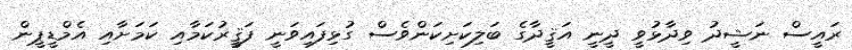
ރައީސް ނަޝީދު ވިދާޅުވީ ދީނީ އަޤީދާގެ ބަލިކަށިކަންވެސް ގުޅިފައިވަނީ ފަޤީރުކަމާއި ކަމަށާއި އެމްޑީޕީން